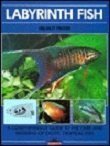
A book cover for Labyrinth Fish; Helmut Pinter; Sports & Outdoors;